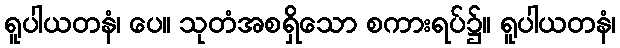
ရူပါယတနံ၊ ပေ။ သုတံအစရှိသော စကားရပ်၌။ ရူပါယတနံ၊